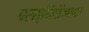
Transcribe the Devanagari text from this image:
परस्थितिजनक